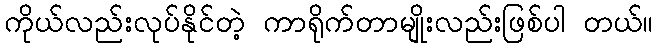
ကိုယ်လည်းလုပ်နိုင်တဲ့ ကာရိုက်တာမျိုးလည်းဖြစ်ပါ တယ်။